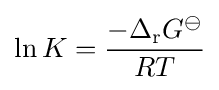
\ln K={{-\Delta _{\mathrm {r} }G^{\ominus }} \over {RT}}